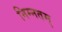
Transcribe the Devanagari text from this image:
निम्नतम्